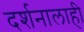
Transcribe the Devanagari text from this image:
दर्शनालाही